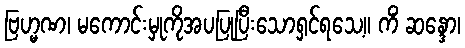
ဗြဟ္မဏ၊ မကောင်းမှုကိုအပပြုပြီးသောရှင်ရသေ့။ ကိံ ဆန္ဒော၊